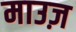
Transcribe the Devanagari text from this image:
माउज़